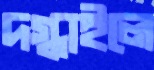
দগ্ধাইলে